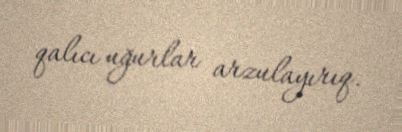
qalıcı uğurlar arzulayırıq.